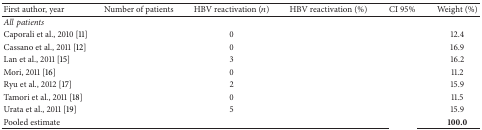
<table><thead><tr><td><b>First author, year</b></td><td><b>Number of patients</b></td><td><b>HBV reactivation (<i>n</i>)</b></td><td><b>HBV reactivation (%)</b></td><td><b>CI 95%</b></td><td><b>Weight (%)</b></td></tr></thead><tbody><tr><td><i>Allpatients </i></td><td>[EMPTY_CELL]</td><td>[EMPTY_CELL]</td><td>[EMPTY_CELL]</td><td>[EMPTY_CELL]</td><td>[EMPTY_CELL]</td></tr><tr><td>Caporali et al., 2010 [11]</td><td>[EMPTY_CELL]</td><td>0</td><td>[EMPTY_CELL]</td><td>[EMPTY_CELL]</td><td>12.4</td></tr><tr><td>Cassano et al., 2011 [12]</td><td>[EMPTY_CELL]</td><td>0</td><td>[EMPTY_CELL]</td><td>[EMPTY_CELL]</td><td>16.9</td></tr><tr><td>Lan et al., 2011 [15]</td><td>[EMPTY_CELL]</td><td>3</td><td>[EMPTY_CELL]</td><td>[EMPTY_CELL]</td><td>16.2</td></tr><tr><td>Mori, 2011 [16]</td><td>[EMPTY_CELL]</td><td>0</td><td>[EMPTY_CELL]</td><td>[EMPTY_CELL]</td><td>11.2</td></tr><tr><td>Ryu et al., 2012 [17]</td><td>[EMPTY_CELL]</td><td>2</td><td>[EMPTY_CELL]</td><td>[EMPTY_CELL]</td><td>15.9</td></tr><tr><td>Tamori et al., 2011 [18]</td><td>[EMPTY_CELL]</td><td>0</td><td>[EMPTY_CELL]</td><td>[EMPTY_CELL]</td><td>11.5</td></tr><tr><td>Urata et al., 2011 [19]</td><td>[EMPTY_CELL]</td><td>5</td><td>[EMPTY_CELL]</td><td>[EMPTY_CELL]</td><td>15.9</td></tr><tr><td>Pooled estimate</td><td>[EMPTY_CELL]</td><td>[EMPTY_CELL]</td><td>[EMPTY_CELL]</td><td>[EMPTY_CELL]</td><td><b>100.0</b></td></tr></tbody></table>